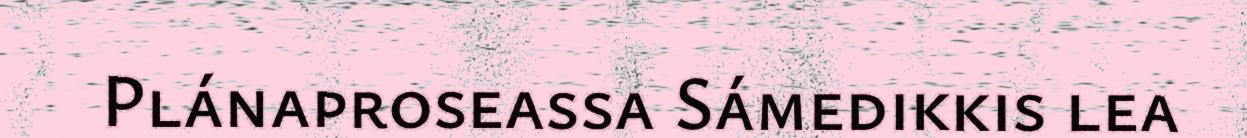
Plánaproseassa Sámedikkis lea